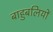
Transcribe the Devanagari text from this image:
बाहुबलियों